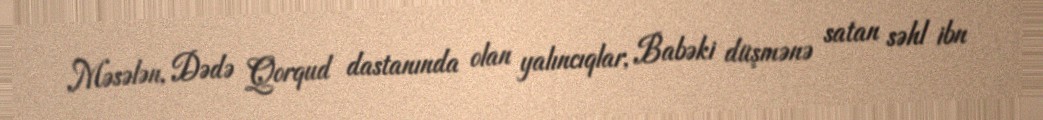
Məsələn, Dədə Qorqud dastanında olan yalıncıqlar, Babəki düşmənə satan səhl ibn